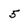
Character: 5